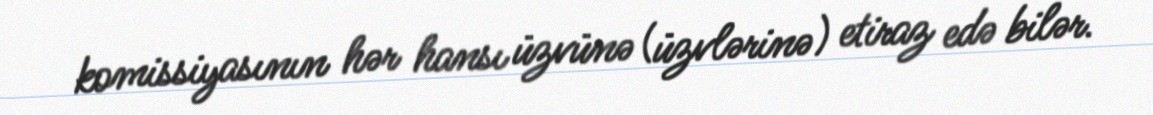
komissiyasının hər hansı üzvünə (üzvlərinə) etiraz edə bilər.